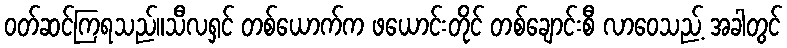
ဝတ်ဆင်ကြရသည်။သီလရှင် တစ်ယောက်က ဖယောင်းတိုင် တစ်ချောင်းစီ လာဝေသည့် အခါတွင်